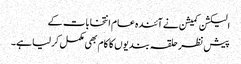
الیکشن کمیشن نے آئندہ عام انتخابات کے
پیش نظر حلقہ بندیوں کا کام بھی مکمل کرلیا ہے۔